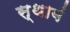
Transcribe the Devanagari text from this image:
स्थाबं